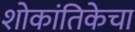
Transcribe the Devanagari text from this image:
शोकांतिकेचा